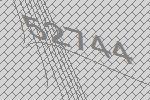
52744